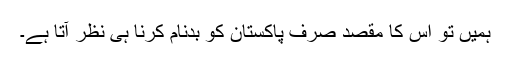
ہمیں تو اس کا مقصد صرف پاکستان کو بدنام کرنا ہی نظر آتا ہے۔